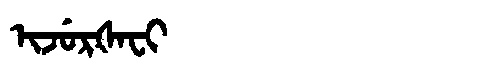
Manchu: ᡳᠵᡠᡵᡧᠠᠸᡳ
Romanization: IJURŠAFI